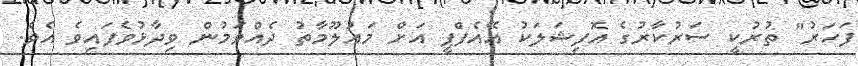
ފަހަރު" ތުރުކީ ސަރުކާރުގެ އޮފިޝަލަކު އޭއެފްޕީ އަށް މައުލޫމާތު ދެއްވަމުން ވިދާޅުވެފައިވެ އެވެ.